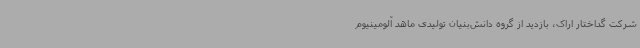
شرکت گداختار اراک، بازدید از گروه دانش‌بنیان تولیدی ماهد آلومینیوم